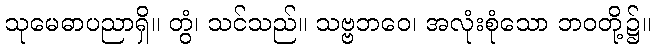
သုမေဓာပညာရှိ။ တွံ၊ သင်သည်။ သဗ္ဗဘဝေ၊ အလုံးစုံသော ဘဝတို့၌။